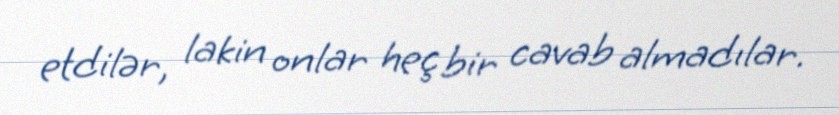
etdilər, lakin onlar heç bir cavab almadılar.